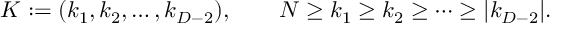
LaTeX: K : = ( k _ { 1 } , k _ { 2 } , \ldots , k _ { D - 2 } ) , \qquad N \geq k _ { 1 } \geq k _ { 2 } \geq \cdots \geq | k _ { D - 2 } | .